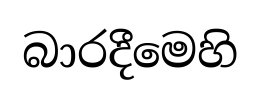
බාරදීමෙහි